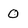
Character: 0